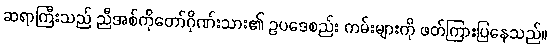
ဆရာကြီးသည် ညီအစ်ကိုတော်ဂိုဏ်းသား၏ ဥပဒေစည်း ကမ်းများကို ဖတ်ကြားပြနေသည်။